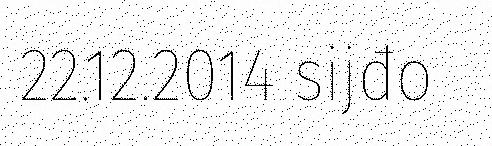
22.12.2014 sijđo